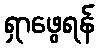
ရှာဖွေရန်